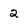
Character: 2